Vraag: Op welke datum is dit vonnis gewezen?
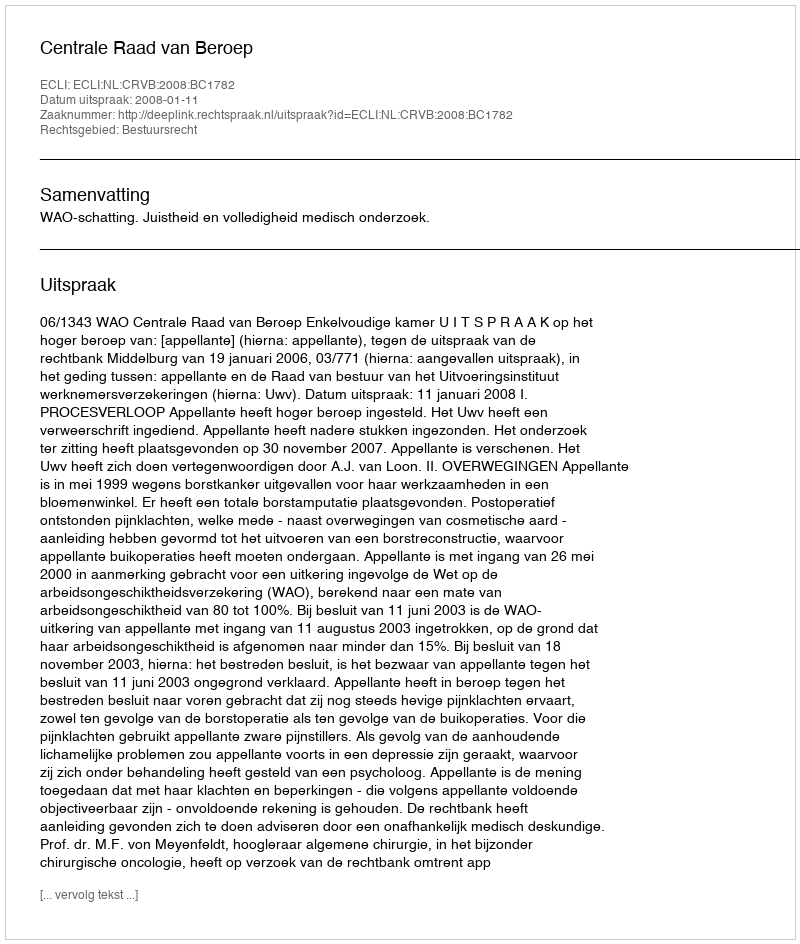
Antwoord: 2008-01-11